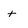
Character: t